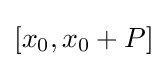
[x_{0},x_{0}+P]